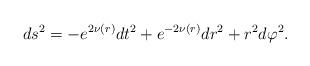
LaTeX: \begin{align*}ds^2 = - e^{2\nu(r)} dt^2 + e^{-2\nu(r)}dr^2 + r^2 d\varphi^2. \end{align*}